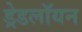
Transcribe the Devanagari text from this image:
ड्रेडलॉयन